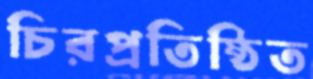
চিরপ্রতিষ্ঠিত